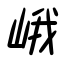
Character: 峨